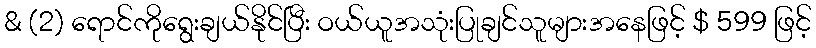
& (2) ရောင်ကိုရွေးချယ်နိုင်ပြီး ဝယ်ယူအသုံးပြုချင်သူများအနေဖြင့် $ 599 ဖြင့်